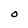
Character: O